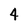
Character: 4